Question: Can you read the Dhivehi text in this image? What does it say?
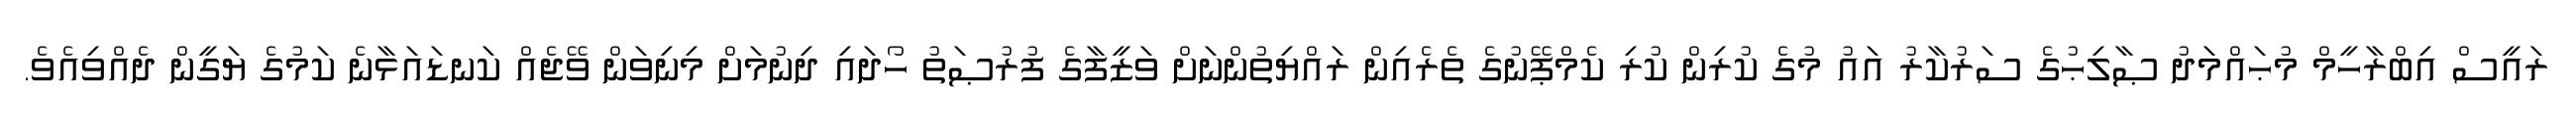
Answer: ރައީސް އިބްރާހީމް މުޙައްމަދު ޞާލިޙުގެ ސަރުކާރު އައު މުގެ ކުރިން ކުރި ކެމްޕޭނުގެ ތެރެއިން ރައްޔިތުންނަށް ވަޒީފާގެ ފުރުޞަތު ހޯދައި ދިނުމަށް މިނިވަން ވޭޖެއް ކަނޑައަޅާނެ ކަމުގެ ޔަގީން ދެއްވިއެވެ.